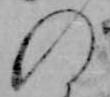
の